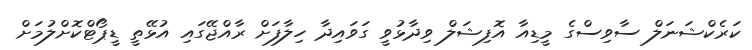
ކަރެކްޝަނަލް ސާވިސްގެ މީޑިއާ އޮފިޝަލް ވިދާޅުވީ ގަވައިދާ ހިލާފަށް ރާއްޖޭގައި އުޅޭތީ ޑީޕޯޓްކޮށްލުމަށް